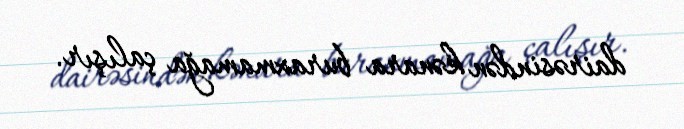
dairəsindən kənara buraxmamağa çalışır.